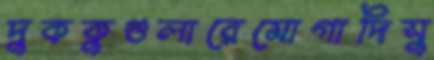
দুককুগুলারেমোগাদিসু